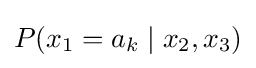
P(x_{1}=a_{k}\mid x_{2},x_{3})